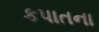
કપાતના